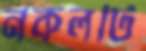
নকলটি